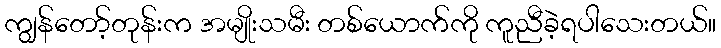
ကျွန်တော့်တုန်းက အမျိုးသမီး တစ်ယောက်ကို ကူညီခဲ့ရပါသေးတယ်။